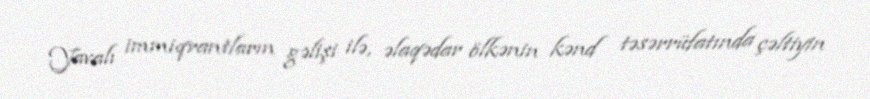
Yavalı immiqrantların gəlişi ilə, əlaqədar ölkənin kənd təsərrüfatında çəltiyin